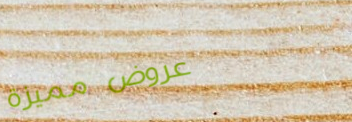
عروض مميزة